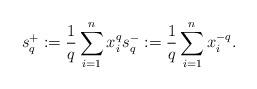
LaTeX: \begin{align*}s_q^+ := \frac{1}{q} \sum_{i=1}^n x_i^q s_q^- := \frac{1}{q} \sum_{i=1}^n x_i^{-q}.\end{align*}